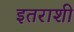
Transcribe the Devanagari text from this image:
इतराशी